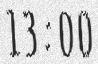
13:00